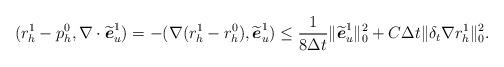
LaTeX: \begin{align*} (r_h^1-p_h^0, \nabla\cdot \widetilde{\boldsymbol{e}}_u^1)=-(\nabla(r_h^1-r_h^0), \widetilde{\boldsymbol{e}}_u^1) \leq \frac{1}{8 \Delta t} \|\widetilde{\boldsymbol{e}}_u^1\|_0^2+C \Delta t\|\delta_t \nabla r_h^1\|_0^2. \end{align*}